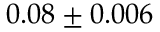
0 . 0 8 \pm 0 . 0 0 6